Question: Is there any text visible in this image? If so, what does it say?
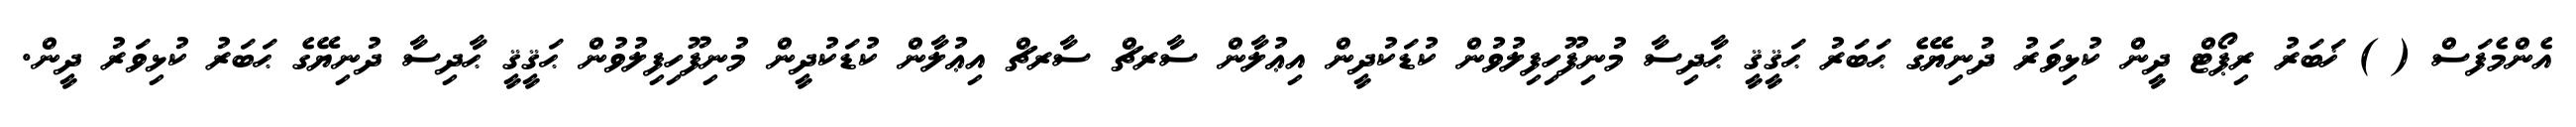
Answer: އެންމެފަސް ( ) ޚަބަރު ރިޕޯޓް ދީން ކުޅިވަރު ދުނިޔޭގެ ޙަބަރު ޙަޤީޤީ ޙާދިސާ މުނިފޫހިފިލުވުން ކުޑަކުދީން އިޢުލާން ސާރޗް ސާރޗް އިޢުލާން ކުޑަކުދީން މުނިފޫހިފިލުވުން ޙަޤީޤީ ޙާދިސާ ދުނިޔޭގެ ޙަބަރު ކުޅިވަރު ދީން.